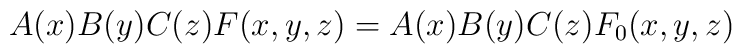
A(x)B(y)C(z)F(x,y,z) = A(x)B(y)C(z)F_0(x,y,z)